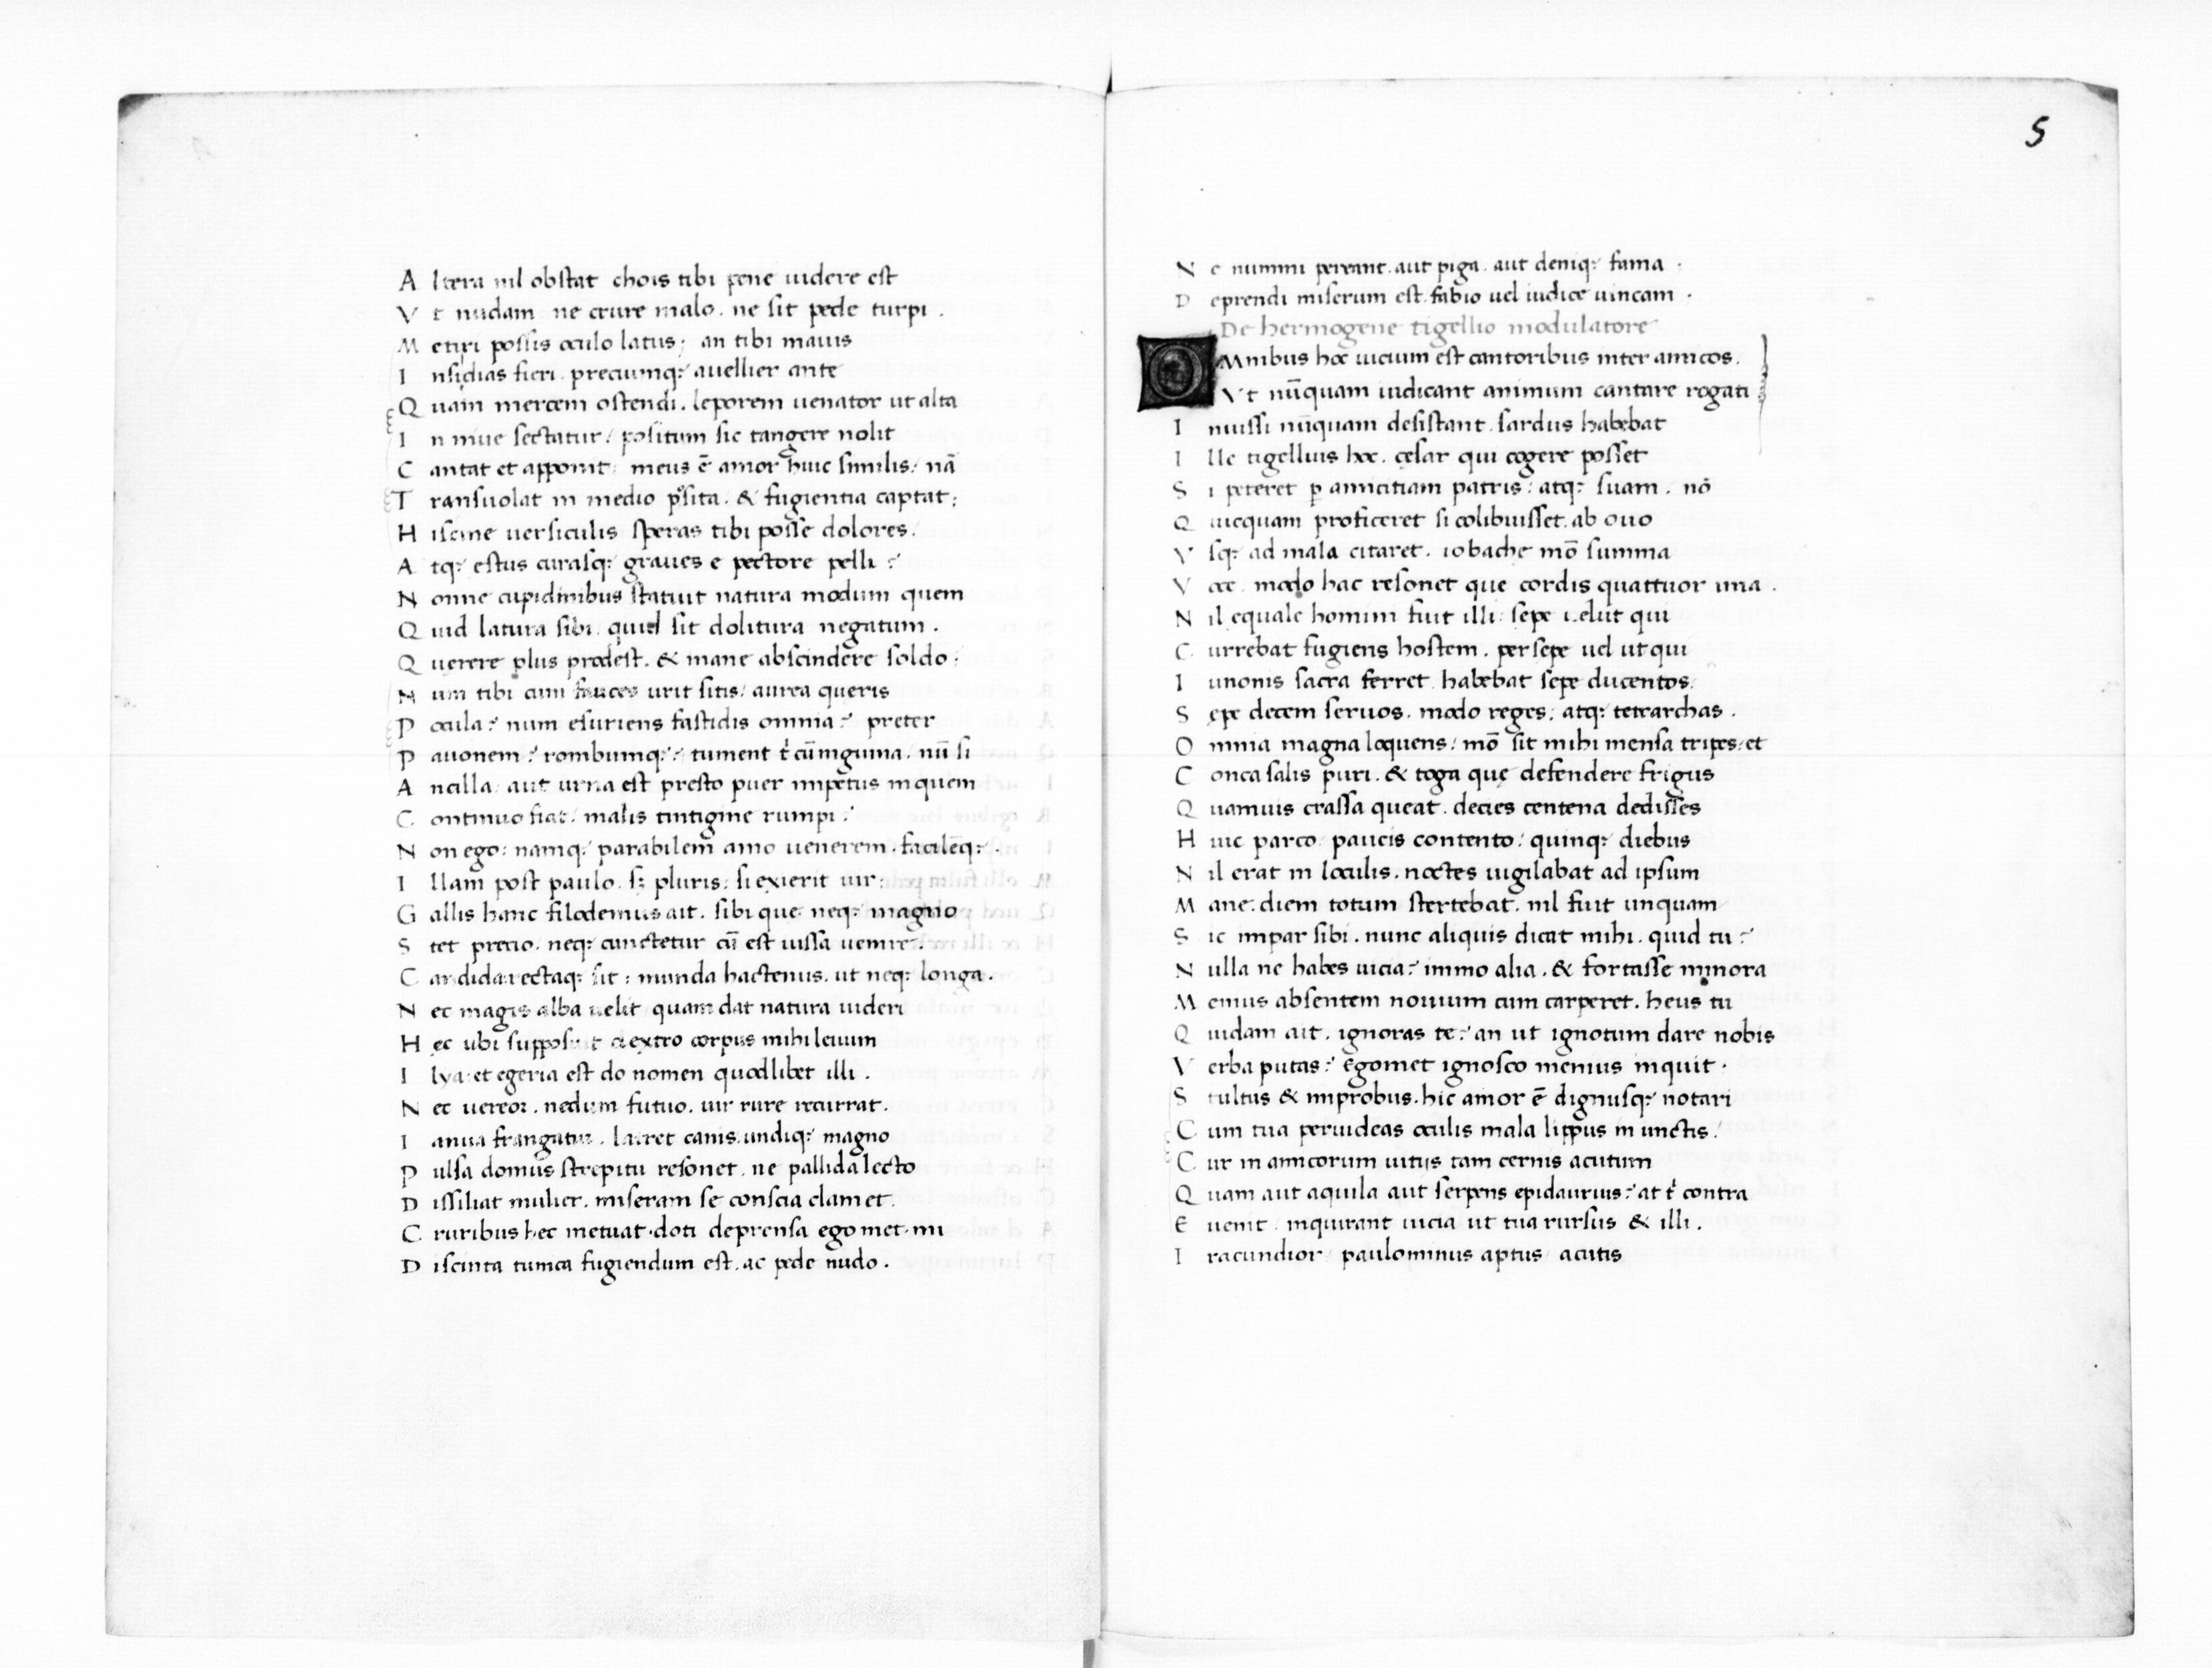
Shelfmark: Paris, BnF, Smith-Lesouëf 11
Century: 15